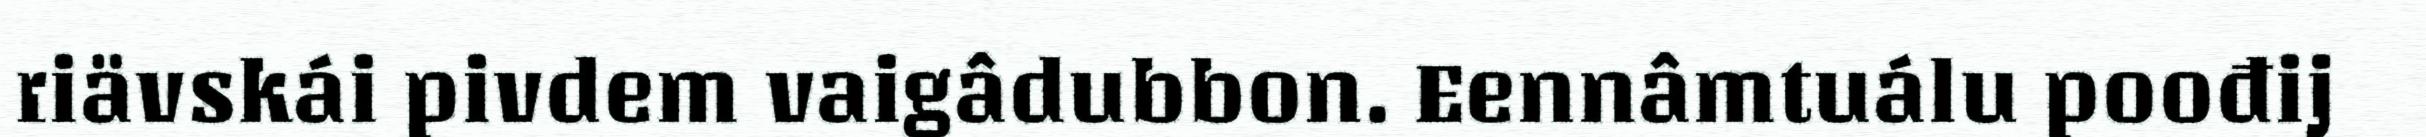
riävskái pivdem vaigâdubbon. Eennâmtuálu poođij